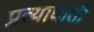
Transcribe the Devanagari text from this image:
प्रत्याघाती